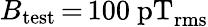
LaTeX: B_{\mathrm{test}}\, {=}\, 100~\mathrm{pT_{rms}}